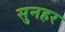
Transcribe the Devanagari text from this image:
सुनहर